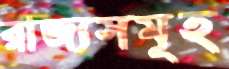
রাজ্যসমূহ